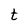
Character: t